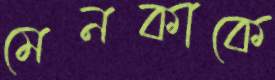
মেনকাকে